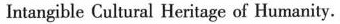
Intangible Cultural Heritage of Humanity.